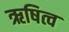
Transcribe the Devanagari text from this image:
ऋषित्व